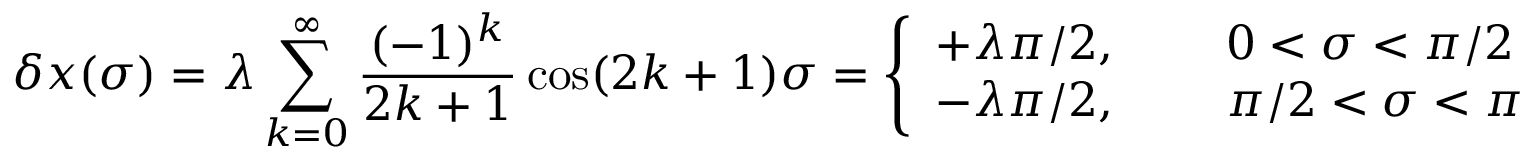
\delta x ( \sigma ) = \lambda \sum _ { k = 0 } ^ { \infty } \frac { ( - 1 ) ^ { k } } { 2 k + 1 } \cos ( 2 k + 1 ) \sigma = \left\{ \begin{array} { l l } { { + \lambda \pi / 2 , \; \; \; \; \; } } & { { 0 < \sigma < \pi / 2 } } \\ { { - \lambda \pi / 2 , \; \; \; \; \; } } & { { \pi / 2 < \sigma < \pi } } \end{array} \right.